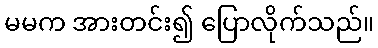
မမက အားတင်း၍ ပြောလိုက်သည်။